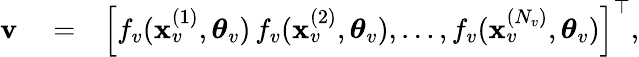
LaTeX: \begin{array}{rlr}{{\mathbf v}}&{{}=}&{\left[f_{v}(\mathbf{x}_{v}^{(1)},\boldsymbol{\theta}_{v})\, f_{v}(\mathbf{x}_{v}^{(2)},\boldsymbol{\theta}_{v}),\dots,f_{v}(\mathbf{x}_{v}^{({N_{v}})},\boldsymbol{\theta}_{v})\right]^{\top},}\end{array}